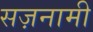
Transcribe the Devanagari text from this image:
सज़नामी